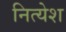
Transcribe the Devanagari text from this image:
नित्येश